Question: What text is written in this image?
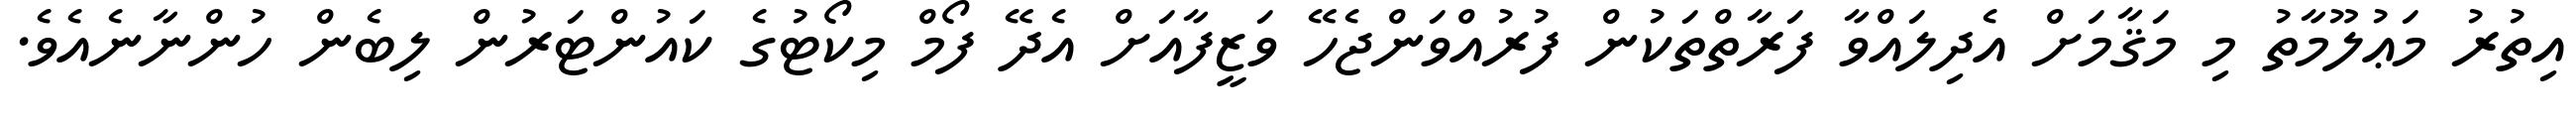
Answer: އިތުރު މަޢުލޫމާތު މި މަޤާމަށް އެދިލައްވާ ފަރާތްތަކުން ފުރުއްވަންޖެހޭ ވަޒީފާއަށް އެދޭ ފޯމް މިކޯޓުގެ ކައުންޓަރުން ލިބެން ހުންނާނެއެވެ.